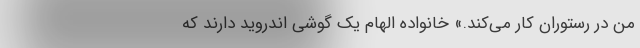
من در رستوران کار می‌کند.» خانواده الهام یک گوشی اندروید دارند که